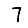
Digit: 7